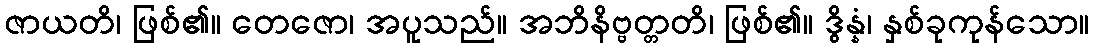
ဇာယတိ၊ ဖြစ်၏။ တေဇော၊ အပူသည်။ အဘိနိဗ္ဗတ္တတိ၊ ဖြစ်၏။ ဒွိန္နံ၊ နှစ်ခုကုန်သော။